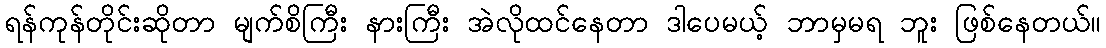
ရန်ကုန်တိုင်းဆိုတာ မျက်စိကြီး နားကြီး အဲလိုထင်နေတာ ဒါပေမယ့် ဘာမှမရ ဘူး ဖြစ်နေတယ်။